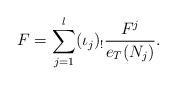
LaTeX: \begin{align*}F=\sum\limits_{j=1}^l (\iota_j)_!\displaystyle\frac{F^j}{e_T(N_j)} .\end{align*}